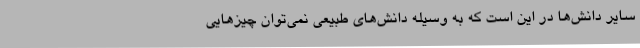
سایر دانش‌ها در این است که به وسیله دانش‌های طبیعی نمی‌توان چیزهایی